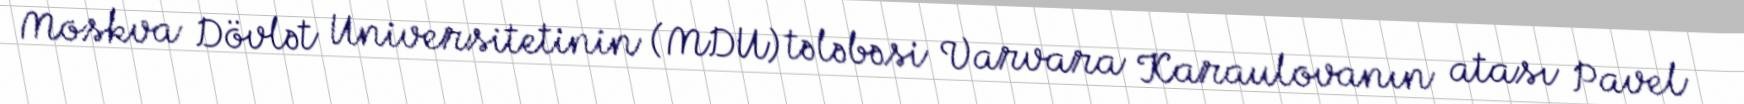
Moskva Dövlət Universitetinin (MDU) tələbəsi Varvara Karaulovanın atası Pavel